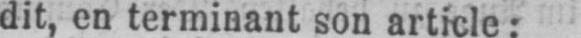
dit, en terminant son article: